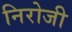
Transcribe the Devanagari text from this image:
निरोजी